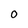
Character: 0